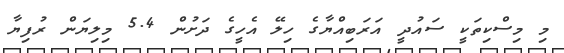
މި މިސްކިތަކީ ސައުދީ އަރަބިއްޔާގެ ހިލޭ އެހީގެ ދަށުން 5.4 މިލިޔަން ރުފިޔާ